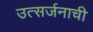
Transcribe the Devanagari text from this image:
उत्सर्जनाची